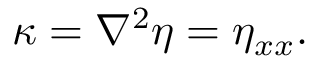
\kappa = \nabla ^ { 2 } \eta = \eta _ { x x } .